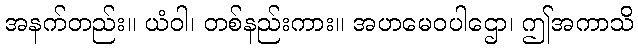
အနက်တည်း။ ယံဝါ၊ တစ်နည်းကား။ အဟမေဝပါဌော၊ ဤအကာသိ